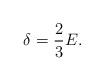
LaTeX: \begin{align*}\delta=\frac 23E.\end{align*}